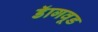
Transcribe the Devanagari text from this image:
डॅागवूड